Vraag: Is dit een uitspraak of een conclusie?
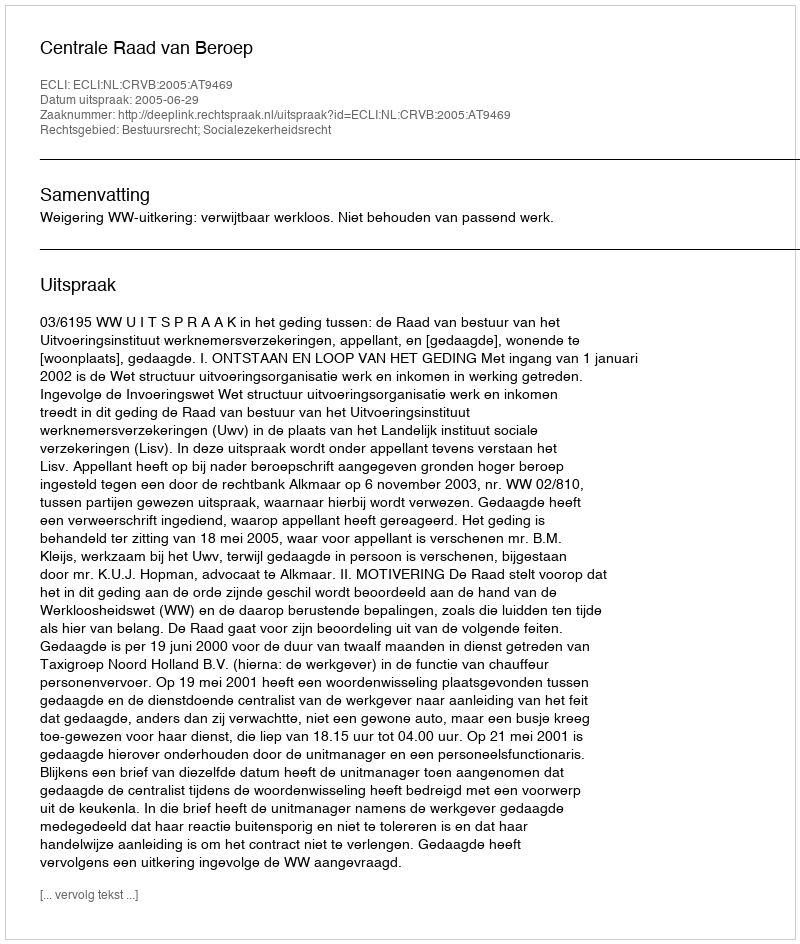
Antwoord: Uitspraak